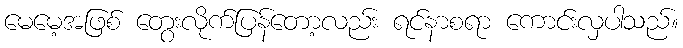
မေမေ့အဖြစ် တွေးလိုက်ပြန်တော့လည်း ရင်နာစရာ ကောင်းလှပါသည်။